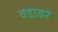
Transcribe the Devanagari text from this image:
वडावरे